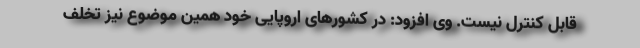
قابل کنترل نیست. وی افزود: در کشورهای اروپایی خود همین موضوع نیز تخلف